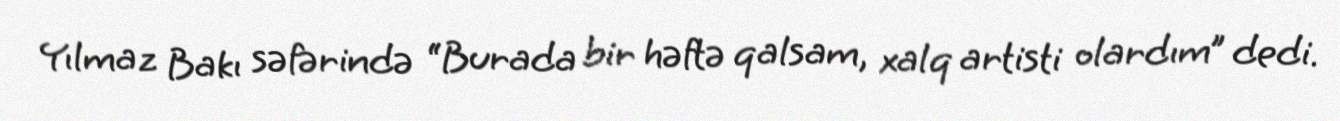
Yılmaz Bakı səfərində “Burada bir həftə qalsam, xalq artisti olardım” dedi.